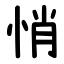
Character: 悄